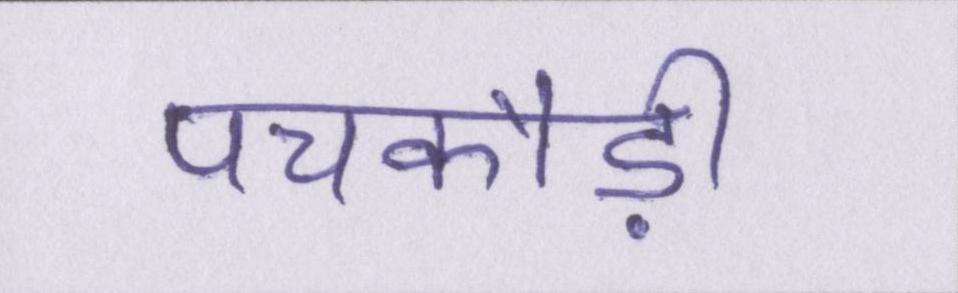
पचकौड़ी